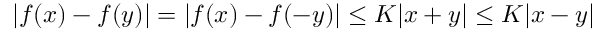
| f ( x ) - f ( y ) | = | f ( x ) - f ( - y ) | \leq K | x + y | \leq K | x - y |